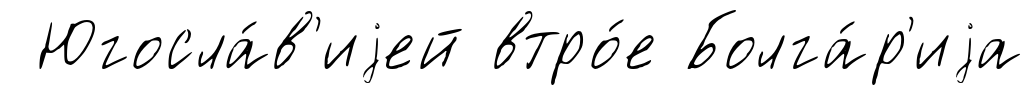
Югосла́в'иjей втро́е Болга́р'иjа